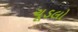
ચૂડલો